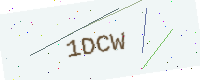
Text: 1DCW